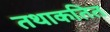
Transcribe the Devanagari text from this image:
तथाकतित